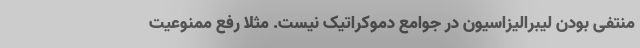
منتفی بودن لیبرالیزاسیون در جوامع دموکراتیک نیست. مثلا رفع ممنوعیت